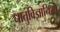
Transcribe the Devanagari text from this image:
धातुविज्ञानियों